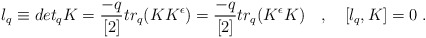
\begin{align*}l_{q} \equiv det_{q} K = \frac{-q}{[2]} tr_{q} (K K^{\epsilon})=\frac{-q}{[2]}tr_{q} (K^{\epsilon} K) \quad ,\quad [l_q,K]=0\;.\end{align*}